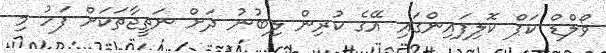
ވޯލްޑް ކަޕް ކޮލިފައިންގައި އޭގެ ކުރިން ލިބުނު ދަށް ނަތީޖާތަކަށް ފަހު މި